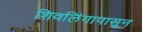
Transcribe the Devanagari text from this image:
शिवलिंगापासून